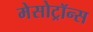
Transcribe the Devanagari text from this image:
मेसोट्रॉन्स